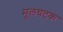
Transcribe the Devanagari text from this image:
मूलघटक